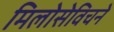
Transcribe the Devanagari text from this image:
मिलोसेविचने